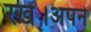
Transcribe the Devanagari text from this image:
रखें।अपने